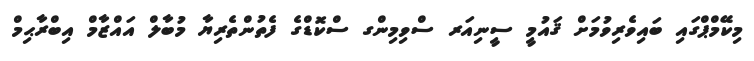
މިކޭމްޕްގައި ބައިވެރިވުމަށް ޤައުމީ ސީނިއަރ ސްވިމިންގ ސްކޮޑްގެ ފެތުންތެރިޔާ މުބާލް އައްޒާމް އިބްރާޙިމް